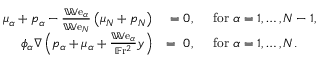
\begin{array} { r l } { \mu _ { \alpha } + p _ { \alpha } - \frac { \mathbb { W } \mathrm { e } _ { \alpha } } { \mathbb { W } \mathrm { e } _ { N } } \left( \mu _ { N } + p _ { N } \right) } & { ~ = 0 , \quad \mathrm { ~ f o r ~ } \alpha = 1 , \dots , N - 1 , } \\ { \phi _ { \alpha } \nabla \left( p _ { \alpha } + \mu _ { \alpha } + \frac { \mathbb { W } \mathrm { e } _ { \alpha } } { \mathbb { F } \mathrm { r } ^ { 2 } } y \right) } & { = ~ 0 , \quad \mathrm { ~ f o r ~ } \alpha = 1 , \dots , N . } \end{array}